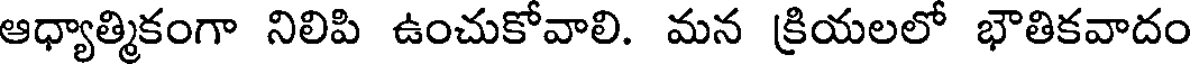
ఆధ్యాత్మికంగా నిలిపి ఉంచుకోవాలి. మన క్రియలలో భౌతికవాదం